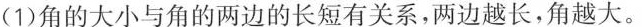
(1)角的大小与角的两边的长短有关系，两边越长，角越大。